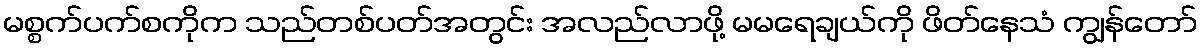
မစ္စက်ပက်စကိုက သည်တစ်ပတ်အတွင်း အလည်လာဖို့ မမရေချယ်ကို ဖိတ်နေသံ ကျွန်တော်